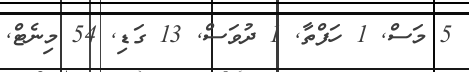
5 މަސް